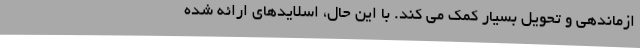
ازماندهی و تحویل بسیار کمک می کند. با این حال، اسلایدهای ارائه شده